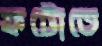
ফটোতে